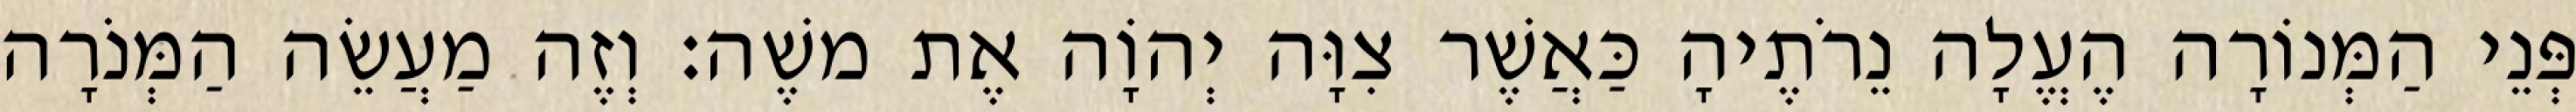
פְּנֵי הַמְּנוֹרָה הֶעֱלָה נֵרֹתֶיהָ כַּאֲשֶׁר צִוָּה יְהוָֹה אֶת משֶׁה׃ וְזֶה מַעֲשֵׂה הַמְּנֹרָה